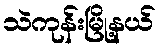
သဲကုန်းမြို့နယ်